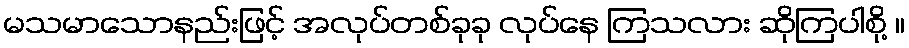
မသမာသောနည်းဖြင့် အလုပ်တစ်ခုခု လုပ်နေ ကြသလား ဆိုကြပါစို့ ။